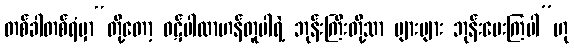
တစ်ခါတစ်ရံမှာ“တို့တော့ ဝဋ်ပါလာဟန်တူပါရဲ့ ဘုန်းကြီးတို့သာ များများ ဘုန်းပေးကြပါ”ဟု